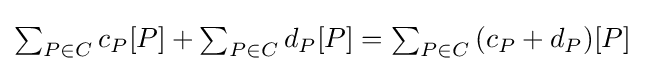
{\textstyle \sum _{P\in C}{c_{P}[P]}+\sum _{P\in C}{d_{P}[P]}=\sum _{P\in C}{(c_{P}+d_{P})[P]}}